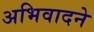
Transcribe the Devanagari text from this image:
अभिवादने